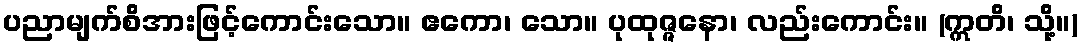
ပညာမျက်စိအားဖြင့်ကောင်းသော။ ဧကော၊ သော။ ပုထုဇ္ဇနော၊ လည်းကောင်း။ (ဣတိ၊ သို့။)